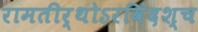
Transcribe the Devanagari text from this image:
रामतीर्थोऽरविंदश्च